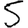
Digit: 5